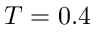
T = 0 . 4